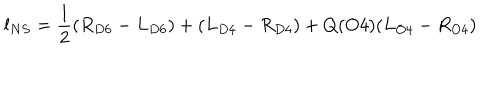
LaTeX: l _ { N S } = \frac { 1 } { 2 } ( R _ { D 6 } - L _ { D 6 } ) + ( L _ { D 4 } - R _ { D 4 } ) + Q ( O 4 ) ( L _ { O 4 } - R _ { O 4 } )